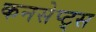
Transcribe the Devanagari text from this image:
कनसेप्ट्स